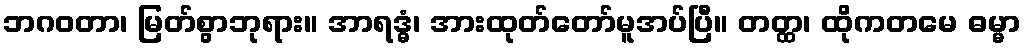
ဘဂဝတာ၊ မြတ်စွာဘုရား။ အာရဒ္ဓံ၊ အားထုတ်တော်မူအပ်ပြီ။ တတ္ထ၊ ထိုကတမေ ဓမ္မာ